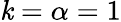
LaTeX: \mathit{k}=\alpha=1